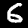
Label: 6